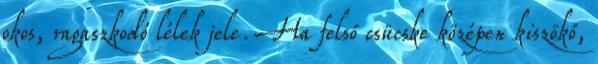
okos, ragaszkodó lélek jele. Ha felső csücske középen kiszökő,